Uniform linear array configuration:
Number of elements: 64
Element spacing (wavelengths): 0.75
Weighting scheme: hann
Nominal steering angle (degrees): -60
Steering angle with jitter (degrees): -61.918
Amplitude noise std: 0.05
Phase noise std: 0.05

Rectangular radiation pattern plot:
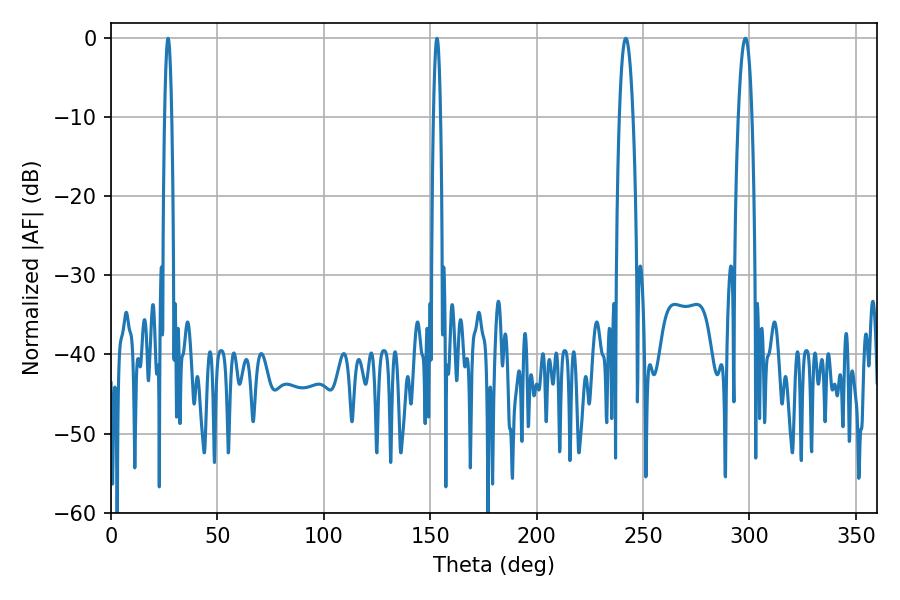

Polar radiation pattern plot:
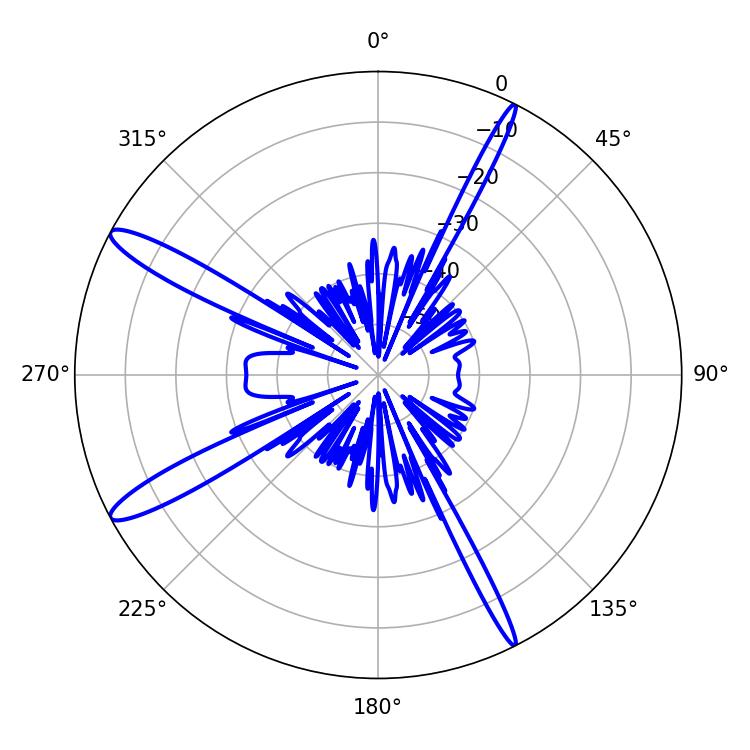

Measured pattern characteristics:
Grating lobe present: TRUE
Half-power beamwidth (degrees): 1.8
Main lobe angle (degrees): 26.82